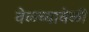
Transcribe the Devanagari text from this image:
वेळ्च्यावेळी